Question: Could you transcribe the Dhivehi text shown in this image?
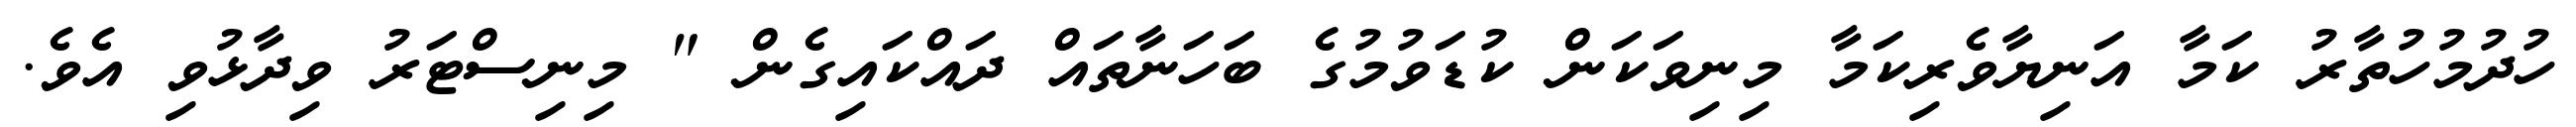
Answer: ހުދުމުހުތާރު ކަމާ އަނިޔާވެރިކަމާ މިނިވަކަން ކުޑަވުމުގެ ބަހަނާތައް ދައްކައިގެން " މިނިސްޓަރު ވިދާޅުވި އެވެ.